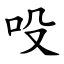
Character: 吺